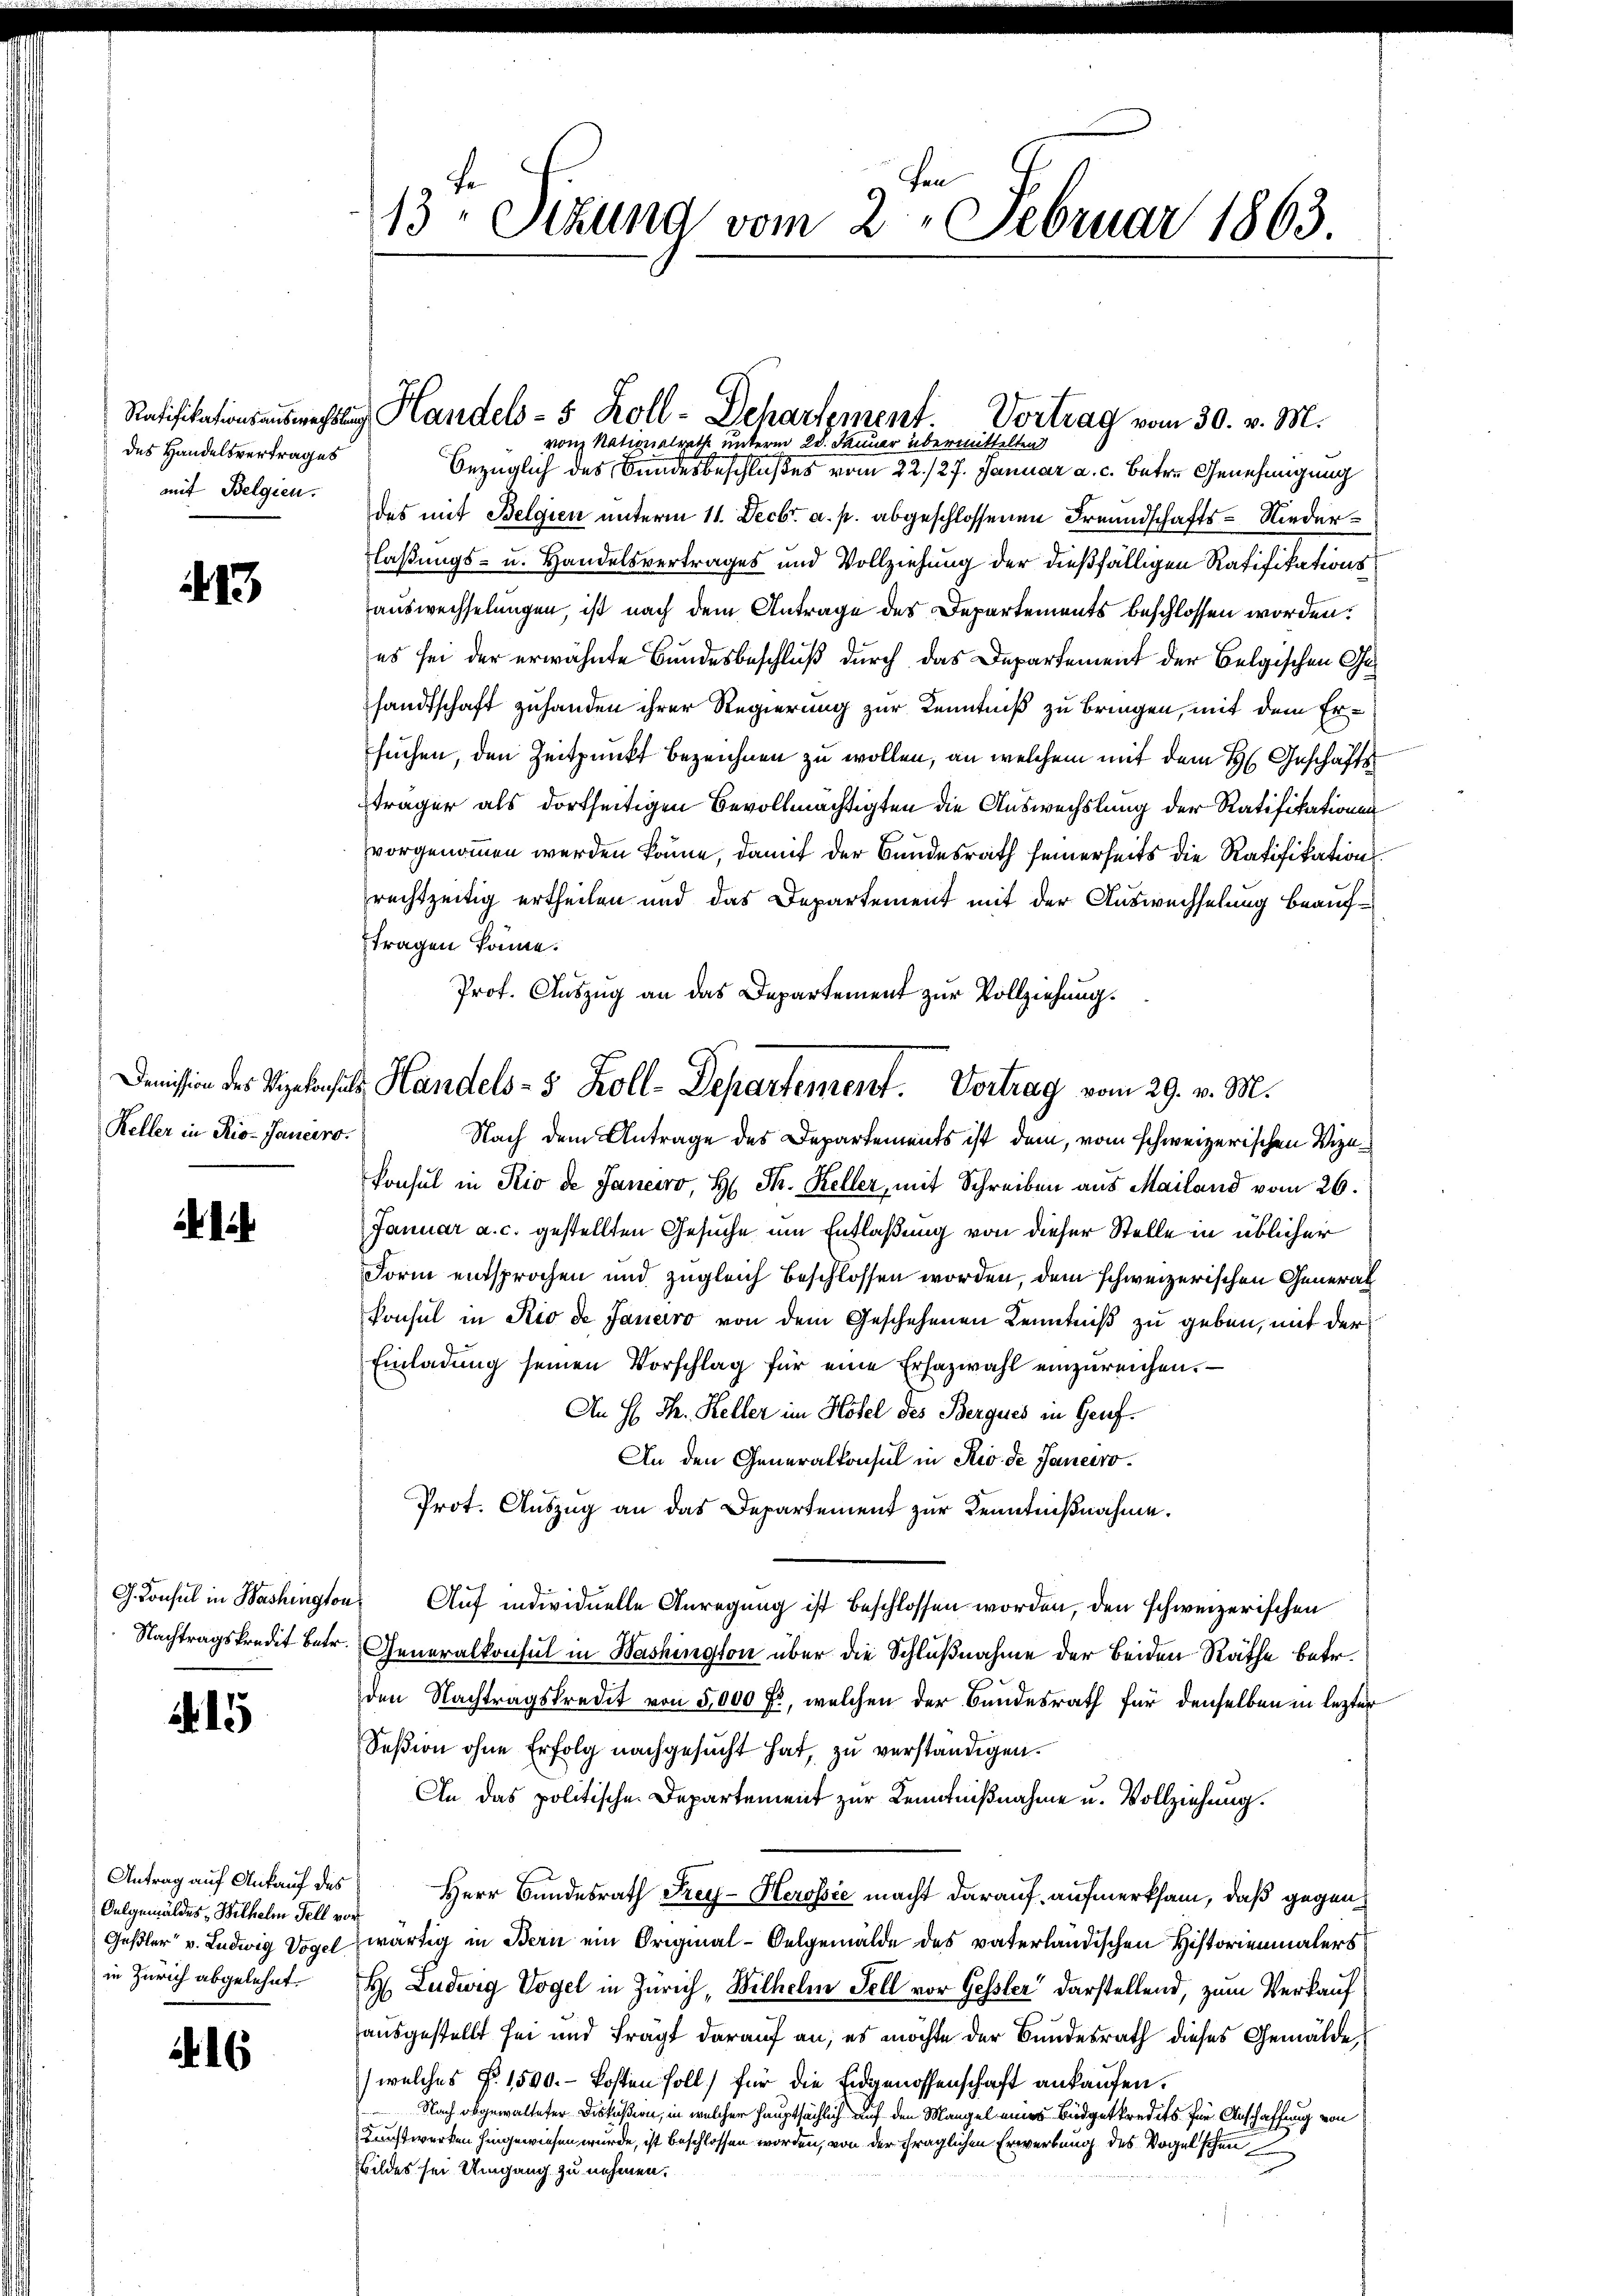
des Handelsvertrages
mit Belgien.

413

Keller in Rio-Janeiro

Nachtragskredit betr.

A 15

Antrag auf Ankauf des
Oulgemäldes, Wilhelm Fell vor
in Zürich abgelehnt.

6

13. Sekund vom 2. Februar 1863.

bezüglich des Bundesbeschlußes vom 22./27. Januar a. c. betre Genehmigung
des mit Belgien unterm 11. Decbr. a. p. abgeschlossenen Freundschafts-Niederlaßungs- u. Handelsvertrages und Vollziehung der dießfälligen Ratifikationsauswechselungen, ist nach dem Antrage des Departements beschlossen worden.
es sei der erwähnte Bundesbeschluß durch das Departement der Belgischen Gesandtschaft zuhanden ihrer Regierung zur Kenntniß zu bringen, mit dem Ersuchen, den Zeitpunkt bezeichnen zu wollen, an welchem mit dem H. Geschäftsträger als dortseitigen Bevollmächtigten die Auswechslung der Ratifikationen
vorgenommen werden könne, damit der Bundesrath seinerseits die Ratifikation
rechtzeitig ertheilen und das Departement mit der Auswechselung beaufftragen könne.
Prof. Auszug an das Departement zur Vollziehung.
Nach dem Antrage des Departements ist dem, vom schweizerischen Vizekonsul in Rio de Janeiro, H. Th. Keller, mit Schreiben aus Mailand vom 26.
Januar a. c. gestellten Gesuche um Entlaßung von dieser Stelle in üblicher
Form entsprochen und zugleich beschlossen worden, dem schweizerischen General
konsul in Rio de Janeiro von dem Geschehenen Kenntniß zu geben, mit der
Einladŭng seinen Vorschlag für eine Erhazwahl einzŭreichen.
An H. Th. Keller im Hotel des Bergues in Genf.
An den Generalkonsul in Rio de Janeiro
Prot. Auszug an das Departement zur Kenntnißnahme.
G. Consul in Washington Auf individuelle Anregung ist beschlossen worden, den schweizerischen
Generalkonsul in Washington über die Schlußnahme der beiden Räthe betr.
den Nachtragskredit von 5,000 fl, welchen der Bundesrath für denselben in lezter
Seßion ohne Erfolg nachgesŭcht hat, zu verständigen.
An das politische Departement zur Kenntnißnahme u. Vollziehung.
Herr Bundesrath Frey-Herosie macht darauf aufmerksam, daß gegen
Geßler v. Ludwig Vogel wärtig in Bern ein Original-Oelgemälde des vaterländischen Historienmalers
H Luduig Vogel in Zürich, Wilhelm Fell vor Gessler darstellend, zum Verkauf
ausgestellt sei und Fragt darauf an, es möchte der Bundesrath dieses Gemälde
(welches §. 1500.- Kosten soll) für die Eidgenossenschaft ankaufen.
Nach abgewalteter Diskußion, in welcher hauptsächlich auf den Mangel eines Büdgetkredits für Anschaffung von
Kunstwerken hingewiesen wurde, ist beschlossen worden, von der fraglichen Erwerbung des Vogelschen
Bildes sei Umgang zu nehmen.

Ratifikationsausmachtung Handels- 5 Zoll- Dehartement.

Demission des Vizekonsuls Handels- 5 Koll-Departement. Vortrag vom 29. v. M.

Vortrag vom 30. v. M.
von Nationalrathe unterm 28. Januar übermittelten